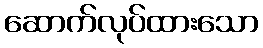
ဆောက်လုပ်ထားသော